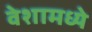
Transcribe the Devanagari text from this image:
वेशामध्ये